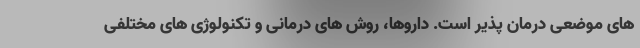
های موضعی درمان پذیر است. داروها، روش های درمانی و تکنولوژی های مختلفی